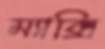
ম্যাক্সি